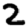
Digit: 2